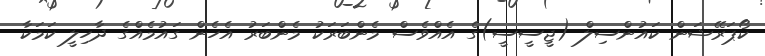
ކޯޕަރޭޝަން ކައުންސިލް (ޖީސީސީ)ގެ އެއްވެސް މެންބަރަކު މެންބަރު އެހެން ގައުމެއްގެ ދާހިލީ ކަމަކާ